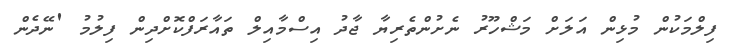
ފިލްމަކުން މުޅިން އަލަށް މަޝްހޫރު ނެށުންތެރިޔާ ޖާދު އިސްމާއިލް ތައާރަފްކޮށްދިން ފިލުމު 'ނޭދެން